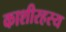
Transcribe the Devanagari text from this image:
काशीरहस्य